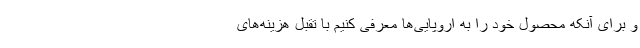
و برای آنکه محصول خود را به اروپایی‌ها معرفی کنیم با تقبل هزینه‌های